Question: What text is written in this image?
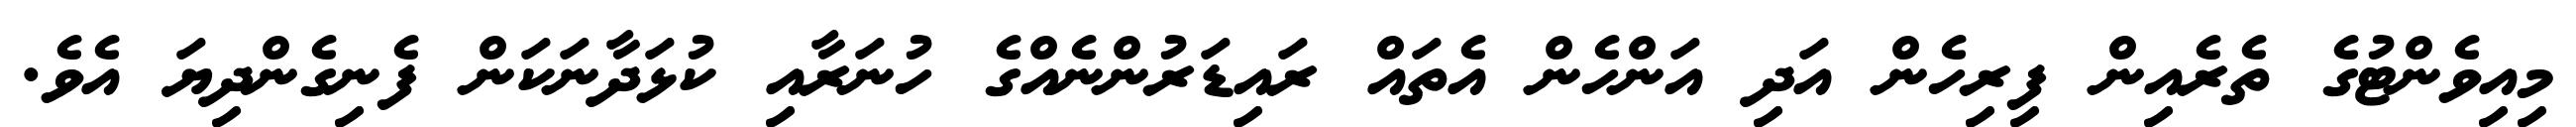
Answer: މިއިވެންޓުގެ ތެރެއިން ފިރިހެން އަދި އަންހެން އެތައް ރައިޑަރުންނެއްގެ ހުނަރާއި ކުޅަދާނަކަން ފެނިގެންދިޔަ އެވެ.